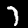
Label: 7